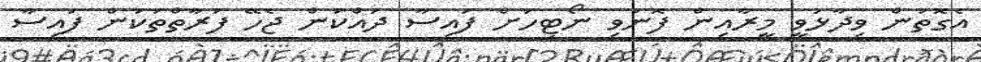
އެގޮތުން ވިދާޅުވީ މީރާއިން ފޮނުވި ނޯޓިހަށް ފައިސާ ދައްކަން ޖެހޭ ފަރާތްތަކުން ފައިސާ